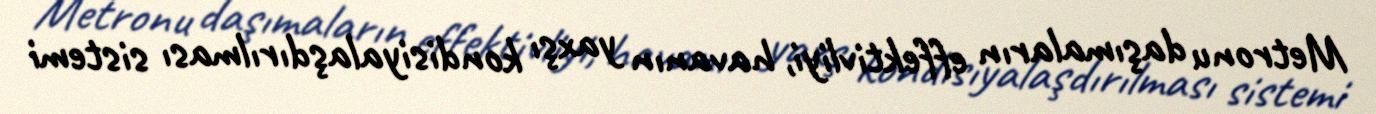
Metronu daşımaların effektivliyi, havanın yaxşı kondisiyalaşdırılması sistemi